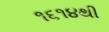
૧૬૧૪થી